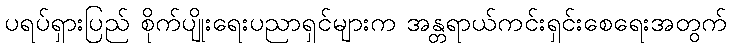
ပရပ်ရှားပြည် စိုက်ပျိုးရေးပညာရှင်များက အန္တရာယ်ကင်းရှင်းစေရေးအတွက်